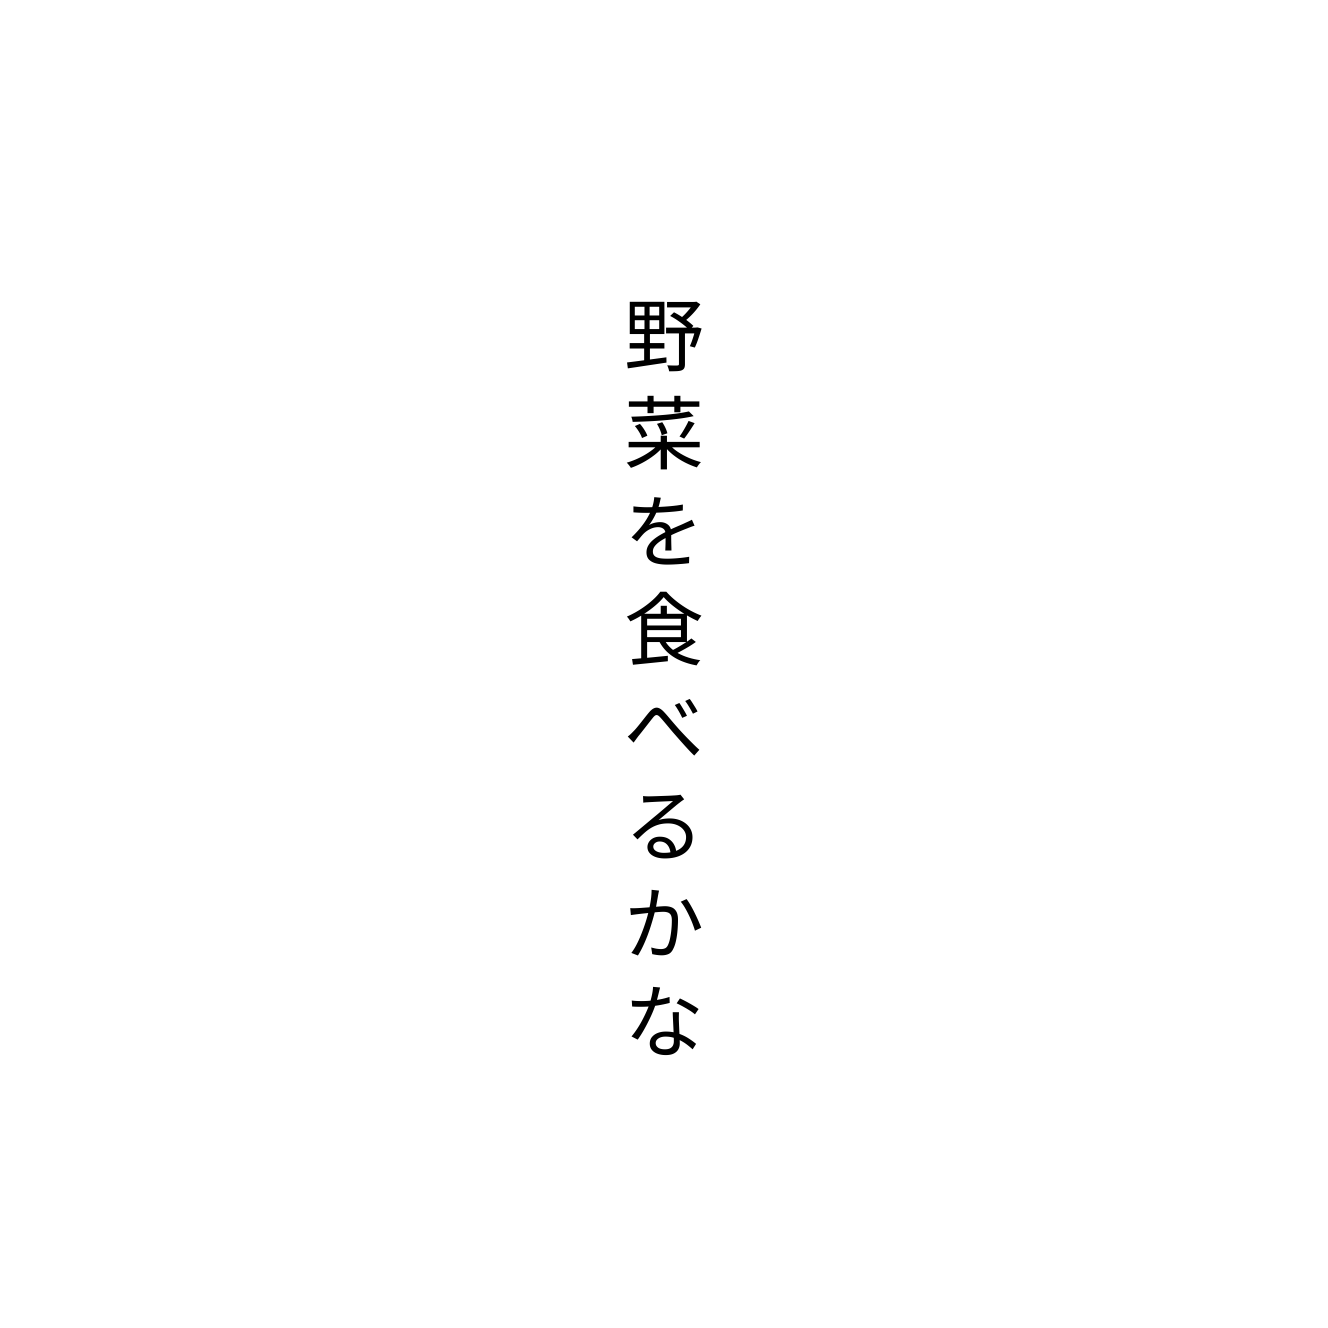
野菜を食べるかな